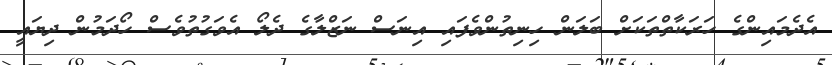
އެދެމައިންގެ ހަރަކާތްތަކަށް ބަލަން ހިނިތުންވެފައި އިނަސް ނަޒްލާގެ ދެލޯ އެވަގުތުވެސް ހޯދަމުން ދިޔައީ